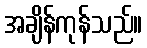
အချိန်ကုန်သည်။